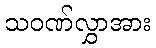
သဝဏ်လွှာအား